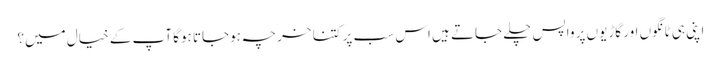
اپنی ہی ٹانگوں اور گاڑیوں پر واپس چلے جاتے ہیں اس سب پر کتنا خرچہ ہوجاتا ہوگا آپ کے خیال میں؟